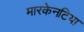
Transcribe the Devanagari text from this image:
मारकेनटिया